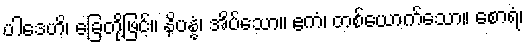
ပါဒေဟိ၊ ခြေတို့ဖြင့်။ နိပန္နံ၊ အိပ်သော။ ဧကံ၊ တစ်ယောက်သော။ စောရံ၊